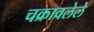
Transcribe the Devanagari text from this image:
चक्रावलेले